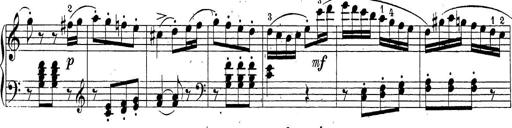
Title: Sonatina Album
Composer: Louis KÃ¶hler